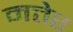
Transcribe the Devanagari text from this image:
मत्तेर